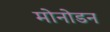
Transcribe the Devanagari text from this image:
मोनोडन